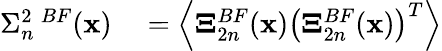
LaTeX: \begin{array}{rl}{\Sigma_{n}^{2\, \, BF}({\mathbf x})}&{{}=\left\langle{{\boldsymbol{\Xi}_{2n}^{BF}({\mathbf x})\bigl(\boldsymbol{\Xi}_{2n}^{BF}({\mathbf x})\bigr)^{T}}}\right\rangle}\end{array}